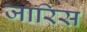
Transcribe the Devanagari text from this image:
जारिस